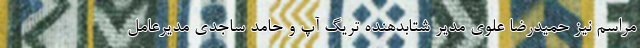
مراسم نیز حمیدرضا علوی مدیر شتابدهنده تریگ آپ و حامد ساجدی مدیرعامل